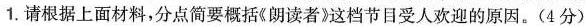
1.请根据上面材料，分点简要概括《朗读者》这档节目受人欢迎的原因。(4分)